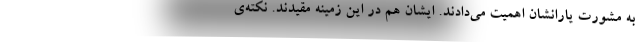
به مشورت یارانشان اهمیت می‌دادند. ایشان هم در این زمینه مقیدند. نکته‌ی